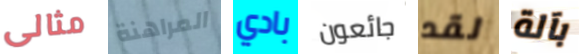
مثالى المراهنة بادي جائعون لقد بآلة